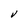
Character: v